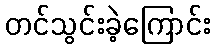
တင်သွင်းခဲ့ကြောင်း